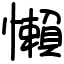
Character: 懶